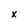
Character: x